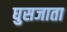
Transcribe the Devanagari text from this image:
घुसजाता